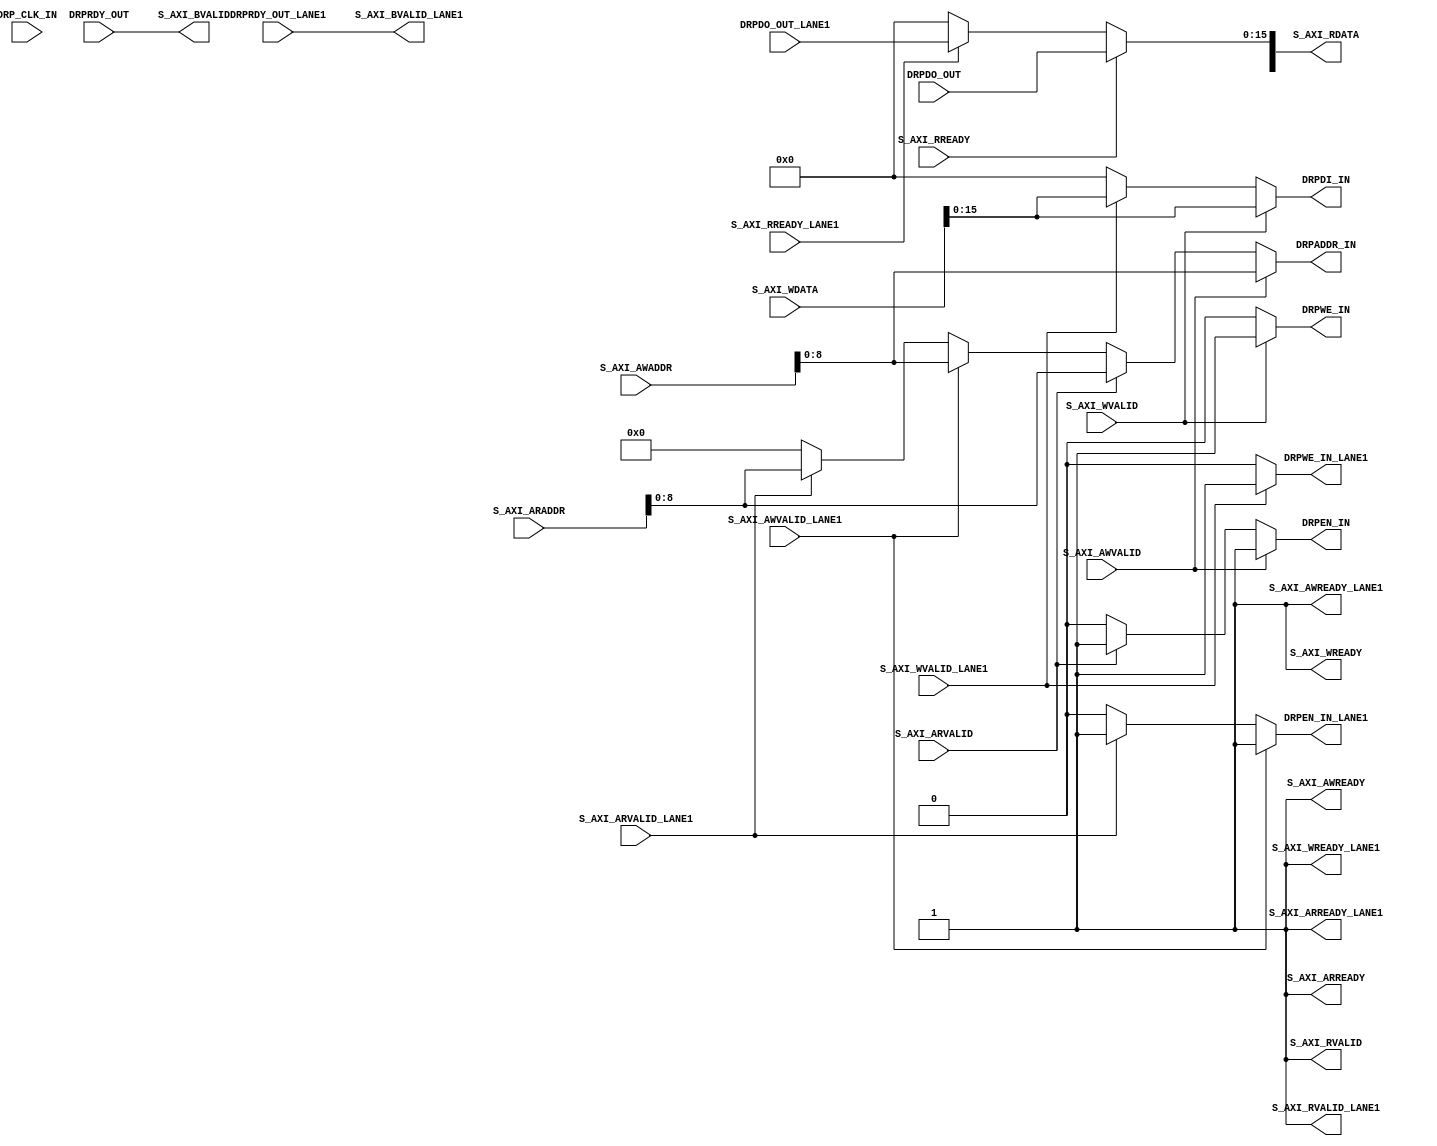
///////////////////////////////////////////////////////////////////////////////
// (c) Copyright 2010 Xilinx, Inc. All rights reserved.
//
// This file contains confidential and proprietary information
// of Xilinx, Inc. and is protected under U.S. and
// international copyright and other intellectual property
// laws.
//
// DISCLAIMER
// This disclaimer is not a license and does not grant any
// rights to the materials distributed herewith. Except as
// otherwise provided in a valid license issued to you by
// Xilinx, and to the maximum extent permitted by applicable
// law: (1) THESE MATERIALS ARE MADE AVAILABLE "AS IS" AND
// WITH ALL FAULTS, AND XILINX HEREBY DISCLAIMS ALL WARRANTIES
// AND CONDITIONS, EXPRESS, IMPLIED, OR STATUTORY, INCLUDING
// BUT NOT LIMITED TO WARRANTIES OF MERCHANTABILITY, NON-
// INFRINGEMENT, OR FITNESS FOR ANY PARTICULAR PURPOSE; and
// (2) Xilinx shall not be liable (whether in contract or tort,
// including negligence, or under any other theory of
// liability) for any loss or damage of any kind or nature
// related to, arising under or in connection with these
// materials, including for any direct, or any indirect,
// special, incidental, or consequential loss or damage
// (including loss of data, profits, goodwill, or any type of
// loss or damage suffered as a result of any action brought
// by a third party) even if such damage or loss was
// reasonably foreseeable or Xilinx had been advised of the
// possibility of the same.
//
// CRITICAL APPLICATIONS
// Xilinx products are not designed or intended to be fail-
// safe, or for use in any application requiring fail-safe
// performance, such as life-support or safety devices or
// systems, Class III medical devices, nuclear facilities,
// applications related to the deployment of airbags, or any
// other applications that could lead to death, personal
// injury, or severe property or environmental damage
// (individually and collectively, "Critical
// Applications"). Customer assumes the sole risk and
// liability of any use of Xilinx products in Critical
// Applications, subject only to applicable laws and
// regulations governing limitations on product liability.
//
// THIS COPYRIGHT NOTICE AND DISCLAIMER MUST BE RETAINED AS
// PART OF THIS FILE AT ALL TIMES.
// 
// 
///////////////////////////////////////////////////////////////////////////////
//
//  AXI_TO_DRP
//
//
//  Description: This light wrapper/shim convertes AXI4 Lite interface
//               signals to DRP signals
//
//
///////////////////////////////////////////////////////////////////////////////

`timescale 1 ns/1 ps
(* core_generation_info = "aurora_64b66b_v7_3,aurora_64b66b_v7_3,{c_aurora_lanes=2, c_column_used=right, c_gt_clock_1=GTXQ0, c_gt_clock_2=None, c_gt_loc_1=1, c_gt_loc_10=X, c_gt_loc_11=X, c_gt_loc_12=X, c_gt_loc_13=X, c_gt_loc_14=X, c_gt_loc_15=X, c_gt_loc_16=X, c_gt_loc_17=X, c_gt_loc_18=X, c_gt_loc_19=X, c_gt_loc_2=2, c_gt_loc_20=X, c_gt_loc_21=X, c_gt_loc_22=X, c_gt_loc_23=X, c_gt_loc_24=X, c_gt_loc_25=X, c_gt_loc_26=X, c_gt_loc_27=X, c_gt_loc_28=X, c_gt_loc_29=X, c_gt_loc_3=X, c_gt_loc_30=X, c_gt_loc_31=X, c_gt_loc_32=X, c_gt_loc_33=X, c_gt_loc_34=X, c_gt_loc_35=X, c_gt_loc_36=X, c_gt_loc_37=X, c_gt_loc_38=X, c_gt_loc_39=X, c_gt_loc_4=X, c_gt_loc_40=X, c_gt_loc_41=X, c_gt_loc_42=X, c_gt_loc_43=X, c_gt_loc_44=X, c_gt_loc_45=X, c_gt_loc_46=X, c_gt_loc_47=X, c_gt_loc_48=X, c_gt_loc_5=X, c_gt_loc_6=X, c_gt_loc_7=X, c_gt_loc_8=X, c_gt_loc_9=X, c_lane_width=4, c_line_rate=10.0, c_gt_type=gtx, c_qpll=true, c_nfc=false, c_nfc_mode=IMM, c_refclk_frequency=156.25, c_simplex=false, c_simplex_mode=TX, c_stream=true, c_ufc=false, c_user_k=false,flow_mode=None, interface_mode=Streaming, dataflow_config=Duplex,}" *)
module aurora_64b66b_v7_3_AXI_TO_DRP #
(
    parameter            DATA_WIDTH         = 16 // DATA bus width
)
`define DLY #1
(

    //-------------------- AXI4-Lite Interface -------------------------------


    //-------------------- Write Address Channel --------------------------
    input     [31:0]       S_AXI_AWADDR,
    input                 S_AXI_AWVALID,
    output                S_AXI_AWREADY,
    input                 S_AXI_AWVALID_LANE1,
    output                S_AXI_AWREADY_LANE1,
    //-------------------- Write Data Channel -----------------------------
    input     [31:0]      S_AXI_WDATA,
    input                 S_AXI_WVALID,
    output                S_AXI_WREADY,
    output                S_AXI_BVALID,
    input                 S_AXI_WVALID_LANE1,
    output                S_AXI_WREADY_LANE1,
    output                S_AXI_BVALID_LANE1,
    //-------------------- Read Address Channel ---------------------------
    input      [31:0]      S_AXI_ARADDR,
    input                 S_AXI_ARVALID,
    output                S_AXI_ARREADY,
    input                 S_AXI_ARVALID_LANE1,
    output                S_AXI_ARREADY_LANE1,
    //-------------------- Read Data Channel -----------------------------
    output      [31:0]     S_AXI_RDATA,
    output                 S_AXI_RVALID,
    input                  S_AXI_RREADY,
    output                 S_AXI_RVALID_LANE1,
    input                  S_AXI_RREADY_LANE1,

   //---------------------- GT DRP Ports ----------------------
    output   [8:0]   DRPADDR_IN,
    output   [15:0]  DRPDI_IN,
    input  [15:0]    DRPDO_OUT,
    input            DRPRDY_OUT,
    output           DRPEN_IN,
    output           DRPWE_IN,
    input  [15:0]    DRPDO_OUT_LANE1,
    input            DRPRDY_OUT_LANE1,
    output           DRPEN_IN_LANE1,
    output           DRPWE_IN_LANE1,

    // System Interface
    input                 DRP_CLK_IN

);

//***********************************Wire Declarations***************************
    wire    wr_addr_en_i;
    wire    rd_addr_en_i;
    wire    wr_data_en_i;
    wire    rd_data_en_i;
    wire    wr_addr_en_lane1_i;
    wire    rd_addr_en_lane1_i;
    wire    wr_data_en_lane1_i;
    wire    rd_data_en_lane1_i;

//*********************************Main Body of Code**********************************

// Tie all READY signals high to be laways enabled

  assign S_AXI_AWREADY = 1'b1;
  assign S_AXI_ARREADY = 1'b1;
  assign S_AXI_WREADY = 1'b1;
  assign S_AXI_RVALID = 1'b1;
  assign S_AXI_AWREADY_LANE1 = 1'b1;
  assign S_AXI_ARREADY_LANE1 = 1'b1;
  assign S_AXI_WREADY_LANE1 = 1'b1;
  assign S_AXI_RVALID_LANE1 = 1'b1;

// Generate enables for write & read DRP operations

  assign wr_addr_en = S_AXI_AWVALID && S_AXI_AWREADY;
  assign rd_addr_en = S_AXI_ARVALID && S_AXI_ARREADY;
  assign wr_data_en = S_AXI_WVALID && S_AXI_WREADY;
  assign rd_data_en = S_AXI_RVALID && S_AXI_RREADY;
  assign wr_addr_en_lane1 = S_AXI_AWVALID_LANE1 && S_AXI_AWREADY_LANE1;
  assign rd_addr_en_lane1 = S_AXI_ARVALID_LANE1 && S_AXI_ARREADY_LANE1;
  assign wr_data_en_lane1 = S_AXI_WVALID_LANE1 && S_AXI_WREADY_LANE1;
  assign rd_data_en_lane1 = S_AXI_RVALID_LANE1 && S_AXI_RREADY_LANE1;

  assign DRPADDR_IN          =  (wr_addr_en) ? S_AXI_AWADDR[8:0] 
                               : (rd_addr_en) ? S_AXI_ARADDR[8:0] : 
 (wr_addr_en_lane1) ? S_AXI_AWADDR[8:0] 
                               : (rd_addr_en_lane1) ? S_AXI_ARADDR[8:0] : 
                               'h0; 
  assign DRPDI_IN            =  (wr_data_en) ? S_AXI_WDATA[15:0] : 
 (wr_data_en_lane1) ? S_AXI_WDATA[15:0] : 
                               'h0;

  assign S_AXI_RDATA[15:0]   =  (rd_data_en) ? DRPDO_OUT : 
 (rd_data_en_lane1) ? DRPDO_OUT_LANE1 : 
                               'h0;

  assign DRPEN_IN   = (wr_addr_en) ? 1'b1 : (rd_addr_en) ? 1'b1 : 1'b0;
  assign DRPEN_IN_LANE1   = (wr_addr_en_lane1) ? 1'b1 : (rd_addr_en_lane1) ? 1'b1 : 1'b0;
  assign DRPWE_IN   = (wr_data_en) ? 1'b1 : 1'b0; 
  assign DRPWE_IN_LANE1   = (wr_data_en_lane1) ? 1'b1 : 1'b0; 

  assign S_AXI_BVALID = DRPRDY_OUT;
  assign S_AXI_BVALID_LANE1 = DRPRDY_OUT_LANE1;

endmodule